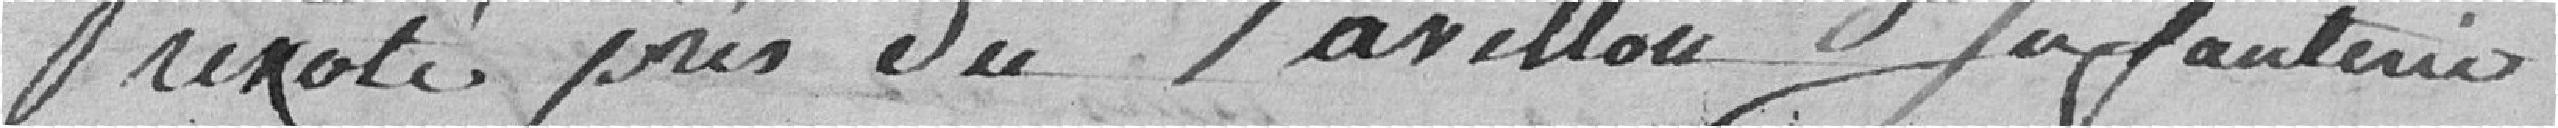
Prévoté près du Pavillon Jafauterie .